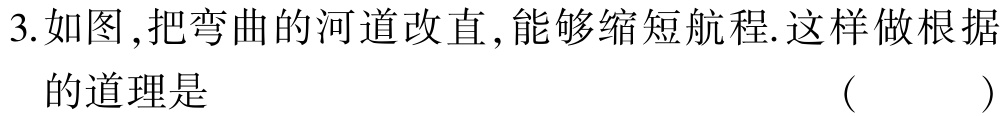
3.如图，把弯曲的河道改直，能够缩短航程.这样做根据

的道理是 （  ）